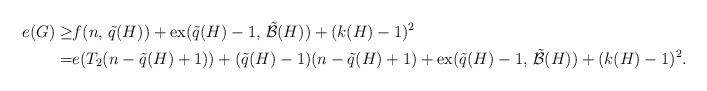
LaTeX: \begin{align*}e(G)\geq& f(n,\,\tilde{q}(H))+{\rm {ex}}(\tilde{q}(H)-1,\,\tilde{\mathcal{B}}(H))+(k(H)-1)^2\\=&e(T_2(n-\tilde{q}(H)+1))+(\tilde{q}(H)-1)(n-\tilde{q}(H)+1)+{\rm {ex}}(\tilde{q}(H)-1,\,\tilde{\mathcal{B}}(H))+(k(H)-1)^2.\end{align*}